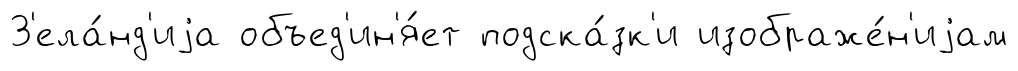
З'ела́нд'иjа объед'ин'я́ет подска́зк'и изображе́н'иjам